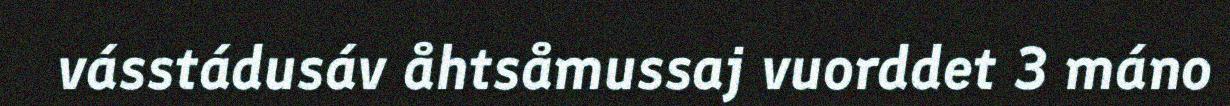
vásstádusáv åhtsåmussaj vuorddet 3 máno